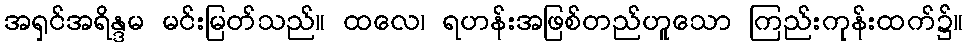
အရှင်အရိန္ဒမ မင်းမြတ်သည်။ ထလေ၊ ရဟန်းအဖြစ်တည်ဟူသော ကြည်းကုန်းထက်၌။